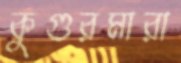
কুগুরমারা